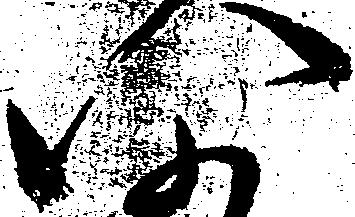
い